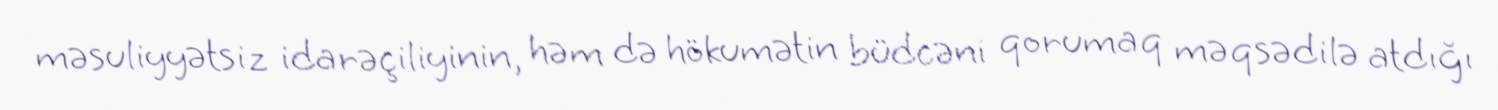
məsuliyyətsiz idarəçiliyinin, həm də hökumətin büdcəni qorumaq məqsədilə atdığı